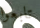
تابعوا